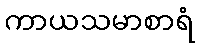
ကာယသမာစာရံ